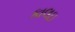
કાલઇ